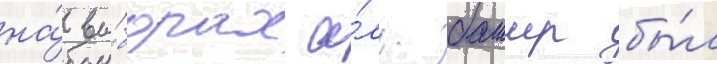
на́ вы́борах а́ль-башир бы́л